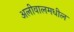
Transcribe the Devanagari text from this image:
अलीवालमधील